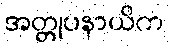
အတ္တုပနာယိက